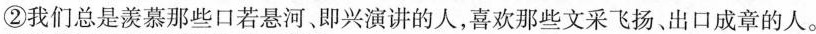
②我们总是羡慕那些口若悬河、即兴演讲的人，喜欢那些文采飞扬、出口成章的人。